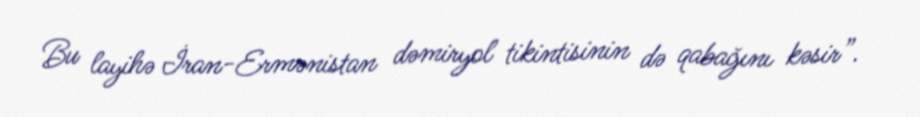
Bu layihə İran-Ermənistan dəmiryol tikintisinin də qabağını kəsir”.